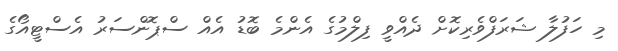
މި ހަފުލާ ޝަރަފްވެރިކޮށް ދެއްވީ ފިލްމުގެ އެންމެ ބޮޑު އެއް ސްޕޮންސަރު އެސްޓީއޯގެ